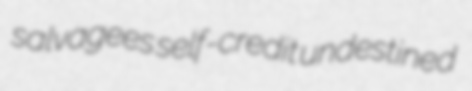
salvagees self-credit undestined